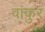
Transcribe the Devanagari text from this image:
वांकुर